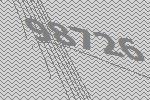
98726